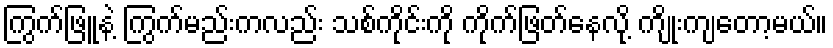
ကြွက်ဖြူနဲ့ ကြွက်မည်းကလည်း သစ်ကိုင်းကို ကိုက်ဖြတ်နေလို့ ကျိုးကျတော့မယ်။